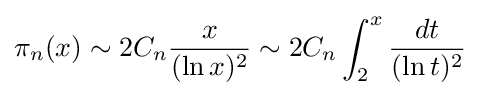
\pi _{n}(x)\sim 2C_{n}{\frac {x}{(\ln x)^{2}}}\sim 2C_{n}\int _{2}^{x}{dt \over (\ln t)^{2}}